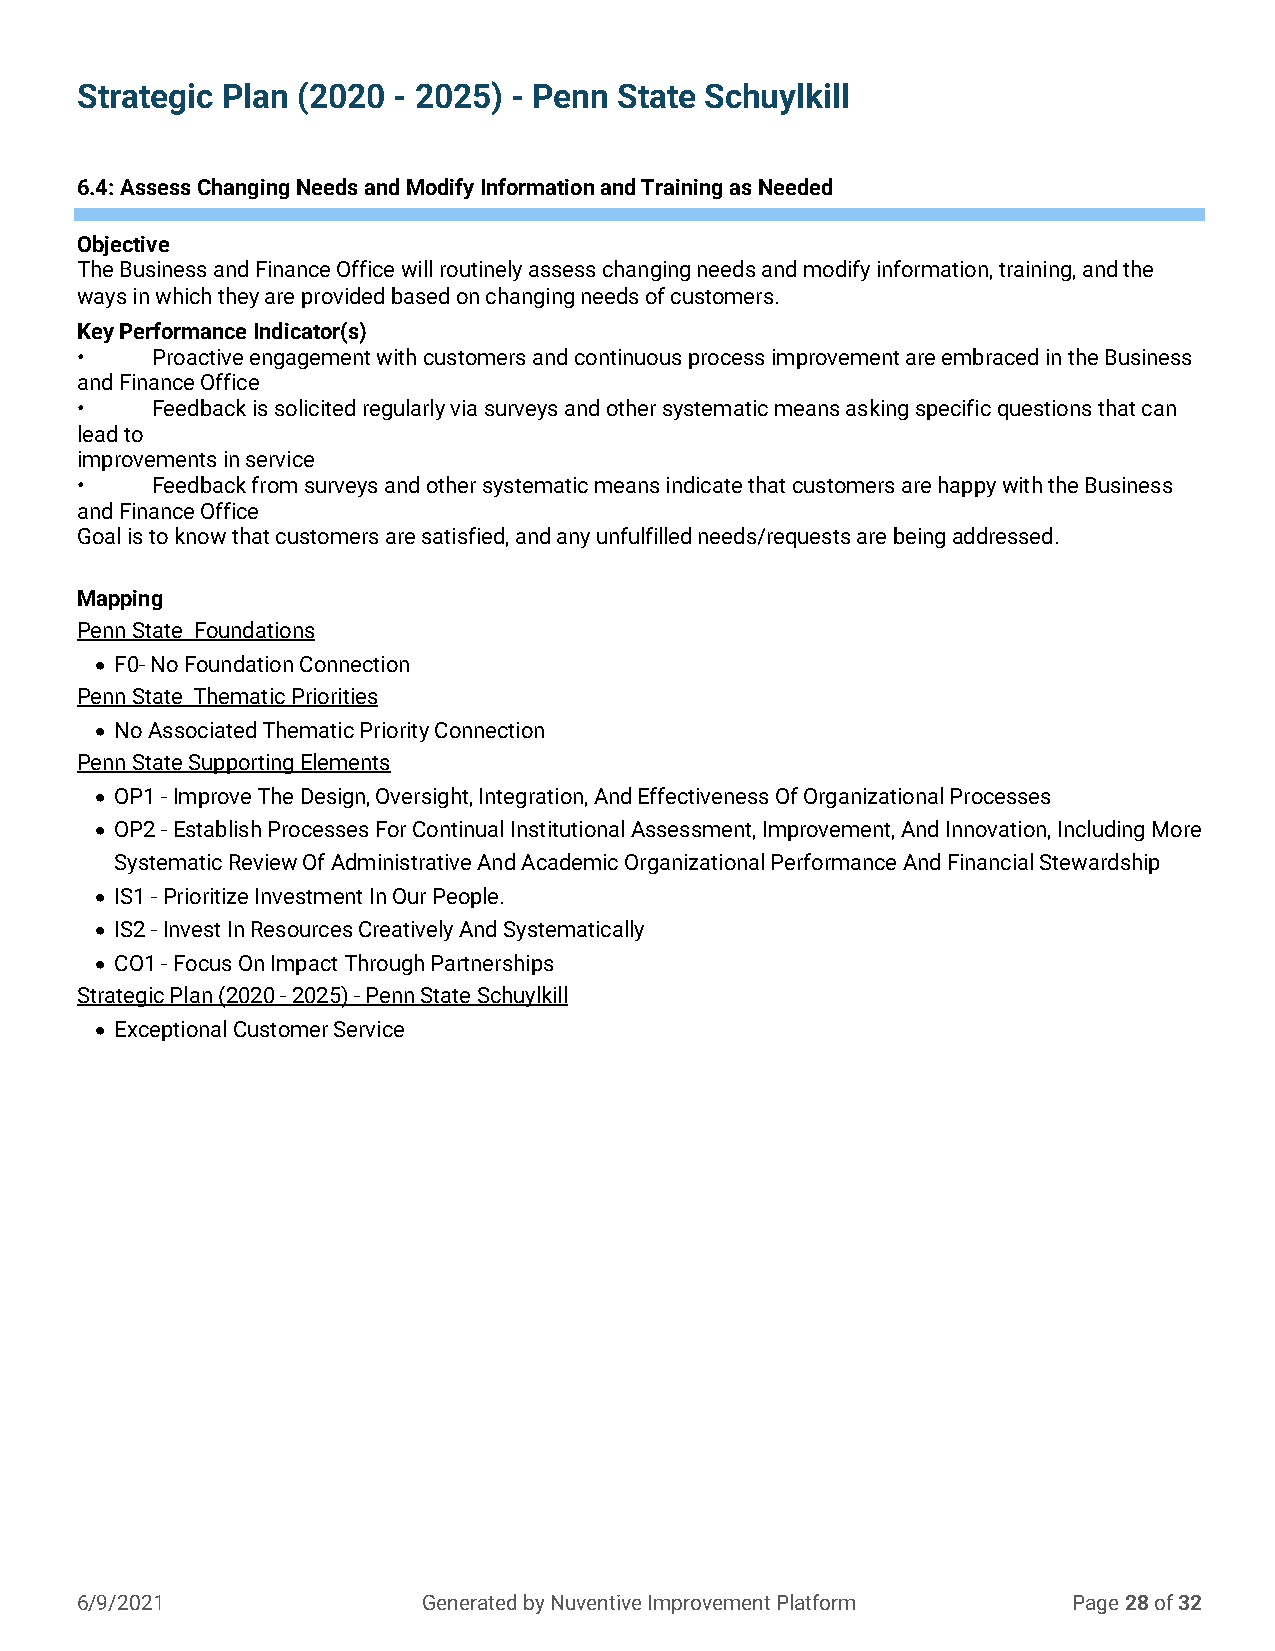
Strategic Plan (2020 - 2025) - Penn State Schuylkill
 6.4: Assess Changing Needs and Modify Information and Training as Needed
 Objective
 The Business and Finance Office will routinely assess changing needs and modify information, training, and the
 ways in which they are provided based on changing needs of customers.
 Key Performance Indicator(s)
 •    Proactive engagement with customers and continuous process improvement are embraced in the Business
 and Finance Office
 •    Feedback is solicited regularly via surveys and other systematic means asking specific questions that can
 lead to
 improvements in service
 •    Feedback from surveys and other systematic means indicate that customers are happy with the Business
 and Finance Office
 Goal is to know that customers are satisfied, and any unfulfilled needs/requests are being addressed.
 Mapping
 Penn State Foundations
 • F0- No Foundation Connection
 Penn State Thematic Priorities
 • No Associated Thematic Priority Connection
 Penn State Supporting Elements
 • OP1 - Improve The Design, Oversight, Integration, And Effectiveness Of Organizational Processes
 • OP2 - Establish Processes For Continual Institutional Assessment, Improvement, And Innovation, Including More
 Systematic Review Of Administrative And Academic Organizational Performance And Financial Stewardship
 • IS1 - Prioritize Investment In Our People.
 • IS2 - Invest In Resources Creatively And Systematically
 • CO1 - Focus On Impact Through Partnerships
 Strategic Plan (2020 - 2025) - Penn State Schuylkill
 • Exceptional Customer Service
 6/9/2021               Generated by Nuventive Improvement Platform Page 28 of 32